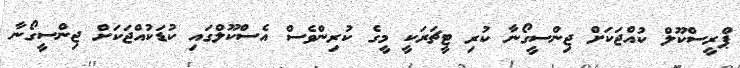
ޕްރީސްކޫލް ކުއްޖަކަށް ޖިންސީގޯނާ ކުރި ޓީޗަރަކީ މީގެ ކުރިންވެސް އެސްކޫލްގައި ކުޑަކުއްޖަކަށް ޖިންސީގޯނާ